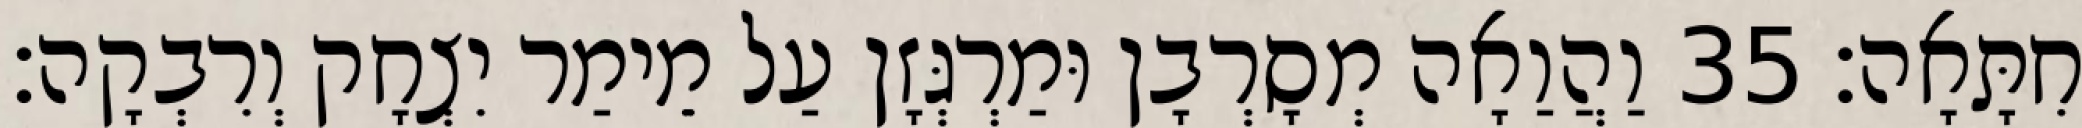
חִתָּאָה׃ 35 וַהֲוַאָה מְסָרְבָן וּמַרְגְּזָן עַל מֵימַר יִצְחָק וְרִבְקָה׃